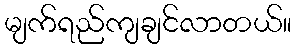
မျက်ရည်ကျချင်လာတယ်။